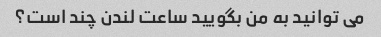
می توانید به من بگویید ساعت لندن چند است؟